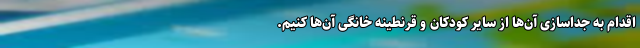
اقدام به جداسازی آن‌ها از سایر کودکان و قرنطینه خانگی آن‌ها کنیم.